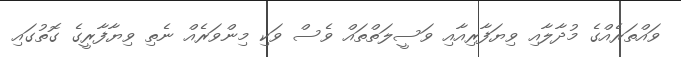
ވައްތަރެއްގެ މުދާލާއި ވިޔަފާރިއާއި ވަސީލަތްތައް ވެސް ވަކި މިންވަރެއް ނެތި ވިޔާފާރީގެ ގޮތުގައި